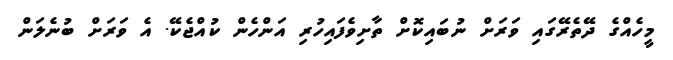
މީހެއްގެ ދޭތެރޭގައި ވަރަށް ނުބައިކޮށް ތާށިވެފައިހުރި އަންހެން ކުއްޖެކޭ. އެ ވަރަށް ބުނެލަން